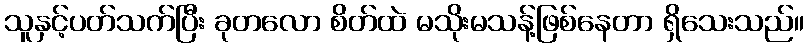
သူနှင့်ပတ်သက်ပြီး ခုတလော စိတ်ထဲ မသိုးမသန့်ဖြစ်နေတာ ရှိသေးသည်။